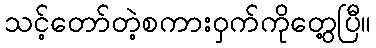
သင့်တော်တဲ့စကားဝှက်ကိုတွေ့ပြီ။